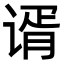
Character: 谞